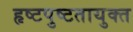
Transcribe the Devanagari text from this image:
हृष्टपुष्टतायुक्त